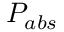
P _ { a b s }